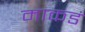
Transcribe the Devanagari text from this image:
माकडं